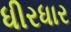
ધીરધાર